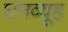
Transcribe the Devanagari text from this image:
घनव्यूह